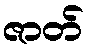
ဇာတ်